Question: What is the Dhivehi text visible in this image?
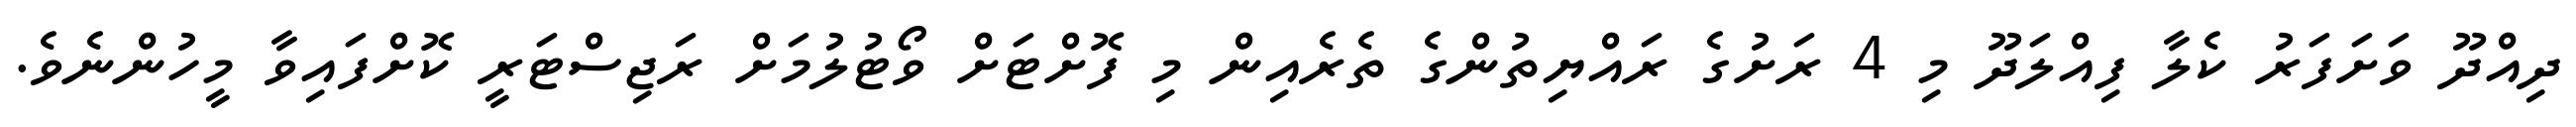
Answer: ދިއްދޫ ވަށަފަރު ކެލާ ފިއްލަދޫ މި 4 ރަށުގެ ރައްޔިތުންގެ ތެރެއިން މި ފޮށްޓަށް ވޯޓުލުމަށް ރަޖިސްޓަރީ ކޮށްފައިވާ މީހުންނެވެ.